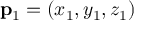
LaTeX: \mathbf { p } _ { 1 } = ( x _ { 1 } , y _ { 1 } , z _ { 1 } )